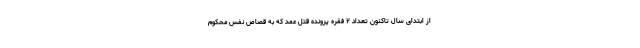
از ابتدای سال تاکنون تعداد ۲ فقره پرونده قتل عمد که به قصاص نفس محکوم